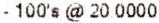
- 100'S @ 20.0000